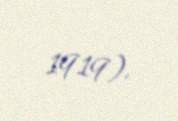
1919).